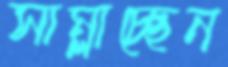
সাম্‌লাচ্ছেন